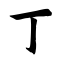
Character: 丁